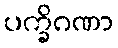
ပက္ခိဂဏာ